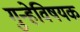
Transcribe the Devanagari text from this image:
गुन्हेविषयक